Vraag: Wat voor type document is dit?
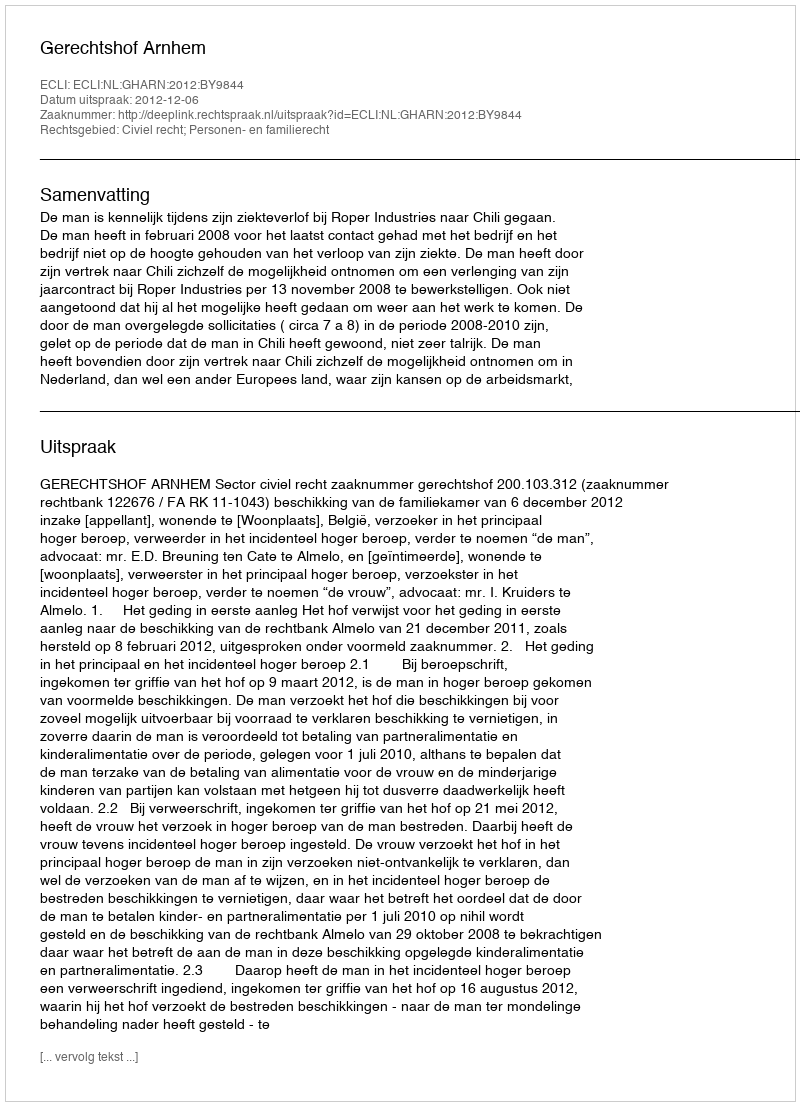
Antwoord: Uitspraak